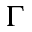
\Gamma